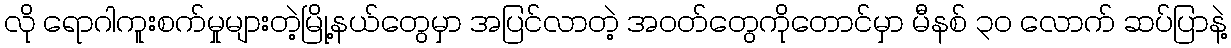
လို ရောဂါကူးစက်မှုများတဲ့မြို့နယ်တွေမှာ အပြင်လာတဲ့ အဝတ်တွေကိုတောင်မှာ မီနစ် ၃ဝ လောက် ဆပ်ပြာနဲ့